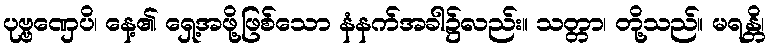
ပုဗ္ဗဏှေပိ၊ နေ့၏ ရှေ့အဖို့ဖြစ်သော နံနက်အခါ၌လည်း။ သတ္တာ၊ တို့သည်။ မရန္တိ၊